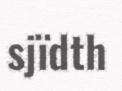
sjïdth